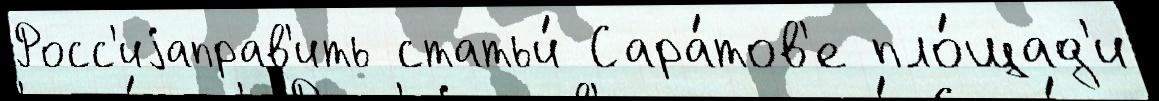
Росс'иjаправ'ить статьи́ Сара́тов'е пло́щад'и